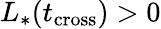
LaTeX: L_{*}(t_{\mathrm{cross}})>0